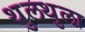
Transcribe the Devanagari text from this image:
थुलथुला